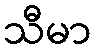
သီမာ